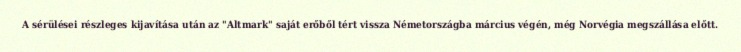
A sérülései részleges kijavítása után az "Altmark" saját erőből tért vissza Németországba március végén, még Norvégia megszállása előtt.